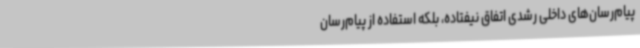
پیام‌رسان‌های داخلی رشدی اتفاق نیفتاده، بلکه استفاده از پیام‌رسان